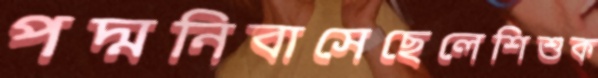
পদ্মনিবাসেছেলেশিশুক